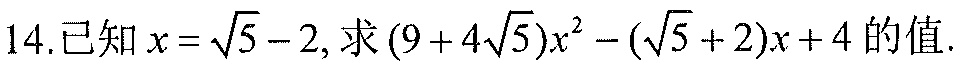
14.已知\(x = \sqrt{5}-2\)，求\((9 + 4\sqrt{5})x^{2}-(\sqrt{5}+2)x + 4\)的值.